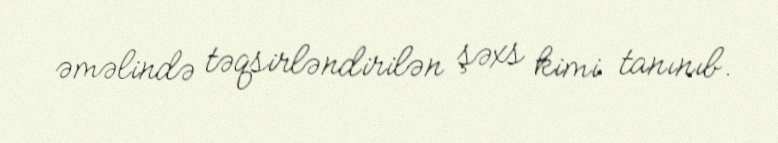
əməlində təqsirləndirilən şəxs kimi tanınıb.